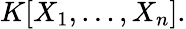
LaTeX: K[X_{1},\dots,X_{n}].